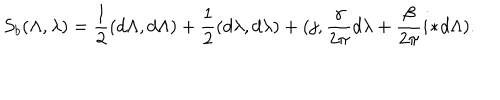
S _ { b } ( \Lambda , \lambda ) = { \frac { 1 } { 2 } } ( d \Lambda , d \Lambda ) + { \frac { 1 } { 2 } } ( d \lambda , d \lambda ) + ( j , { \frac { \gamma } { 2 \pi } } d \lambda + { \frac { \beta } { 2 \pi } } i \! \ast \! d \Lambda ) .